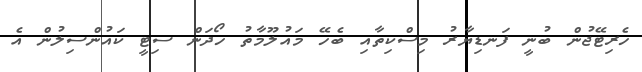
ހެރިޓޭޖުން ބުނީ ފަނޑިޔާރު މިސްކިތާއި ބެހޭ މައުލޫމާތު ހޯދަން ސިޓީ ކައުންސިލުން އެ